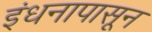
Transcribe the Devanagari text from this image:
इंधनापासून